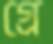
গ্রে